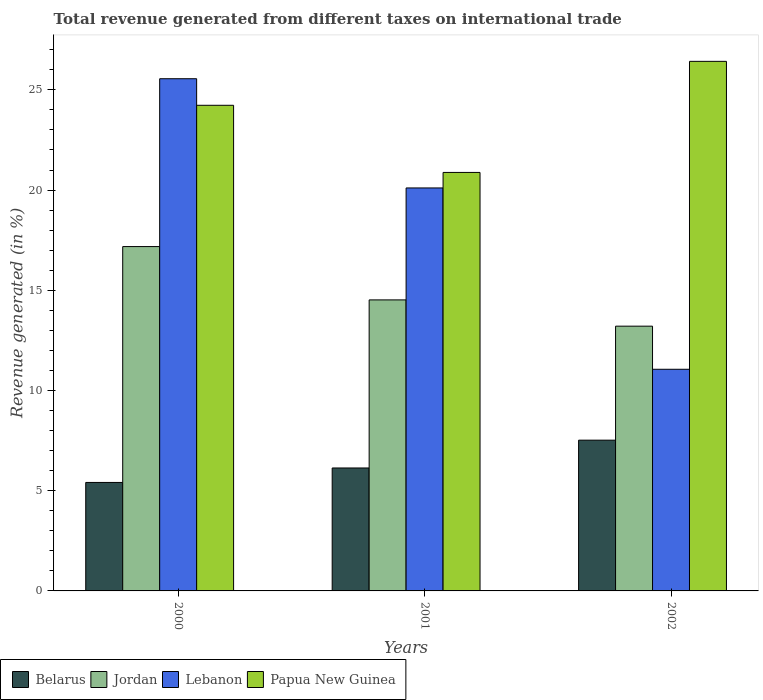
| Years | Belarus | Jordan | Lebanon | Papua New Guinea |
 | --- | --- | --- | --- | --- |
 | 2000 | 5.41 | 17.2 | 25.6 | 24.2 |
 | 2001 | 6.13 | 14.5 | 20.1 | 20.9 |
 | 2002 | 7.52 | 13.2 | 11.1 | 26.4 |